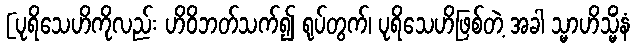
[ပုရိသေဟိကိုလည်း ဟိဝိဘတ်သက်၍ ရုပ်တွက်၊ ပုရိသေဟိဖြစ်တဲ့ အခါ သ္မာဟိသ္မိံနံ